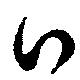
口